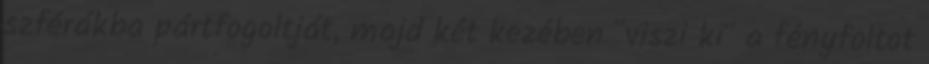
szférákba pártfogoltját, majd két kezében "viszi ki" a fényfoltot